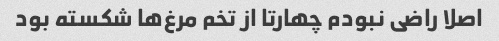
اصلا راضی نبودم چهارتا از تخم مرغ‌ها شکسته بود